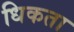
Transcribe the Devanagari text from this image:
धिकता